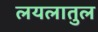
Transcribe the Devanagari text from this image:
लयलातुल